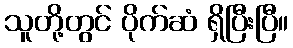
သူတို့တွင် ပိုက်ဆံ ရှိပြီးပြီ။